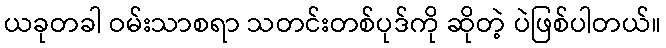
ယခုတခါ ဝမ်းသာစရာ သတင်းတစ်ပုဒ်ကို ဆိုတဲ့ ပဲဖြစ်ပါတယ်။